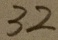
3 2